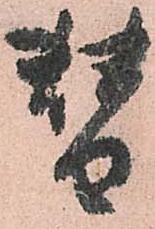
替